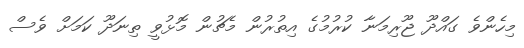
މިހެންވެ ގައްދޫ ޖޫރިމަނާ ކުރުމުގެ އިތުރުން މެޗުން މޮޅުވީ ތިނަދޫ ކަމަށް ވެސް